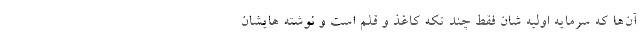
آن‌ها که سرمایه اولیه شان فقط چند تکه کاغذ و قلم است و نوشته هایشان